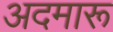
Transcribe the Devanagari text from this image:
अदमारू